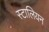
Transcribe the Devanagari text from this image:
स्टालियन